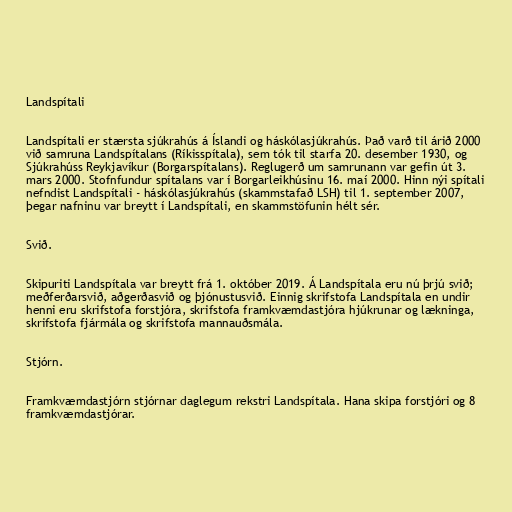
Landspítali

Landspítali er stærsta sjúkrahús á Íslandi og háskólasjúkrahús. Það varð til árið 2000
við samruna Landspítalans (Ríkisspítala), sem tók til starfa 20. desember 1930, og
Sjúkrahúss Reykjavíkur (Borgarspítalans). Reglugerð um samrunann var gefin út 3.
mars 2000. Stofnfundur spítalans var í Borgarleikhúsinu 16. maí 2000. Hinn nýi spítali
nefndist Landspítali - háskólasjúkrahús (skammstafað LSH) til 1. september 2007,
þegar nafninu var breytt í Landspítali, en skammstöfunin hélt sér.

Svið.

Skipuriti Landspítala var breytt frá 1. október 2019. Á Landspítala eru nú þrjú svið;
meðferðarsvið, aðgerðasvið og þjónustusvið. Einnig skrifstofa Landspítala en undir
henni eru skrifstofa forstjóra, skrifstofa framkvæmdastjóra hjúkrunar og lækninga,
skrifstofa fjármála og skrifstofa mannauðsmála.

Stjórn.

Framkvæmdastjórn stjórnar daglegum rekstri Landspítala. Hana skipa forstjóri og 8
framkvæmdastjórar.